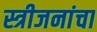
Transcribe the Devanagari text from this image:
स्त्रीजनांचा